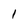
Character: l